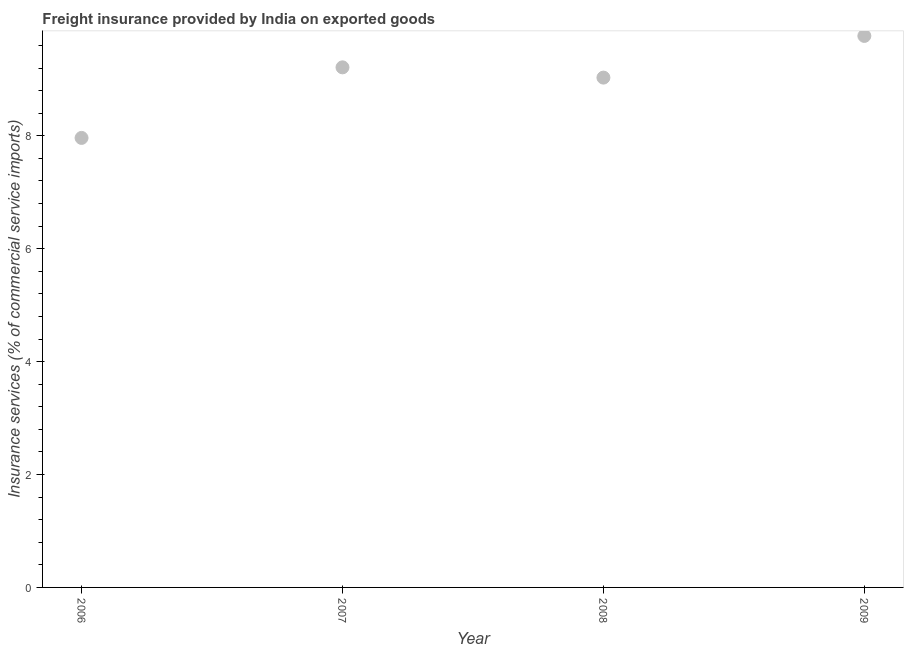
| Year | Insurance and financial services |
 | --- | --- |
 | 2006 | 7.96 |
 | 2007 | 9.21 |
 | 2008 | 9.03 |
 | 2009 | 9.77 |